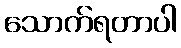
သောက်ရတာပါ